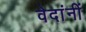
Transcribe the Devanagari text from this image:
वेदांनीं